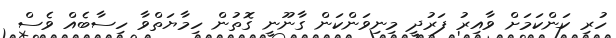
ހުރި ކަންކަމަށް ވާއިރު ފަރުދީ މިނިވަންކަން ގާނޫނީ ގޮތުން ހިމާޔަތްވާ ހިސާބެއް ވެސް